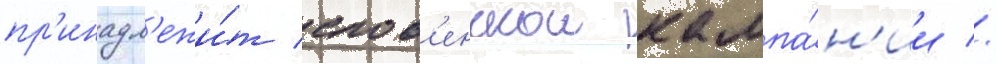
пр'инадл'ежи́т слов'енскои кампа́н'ии //